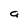
Character: a